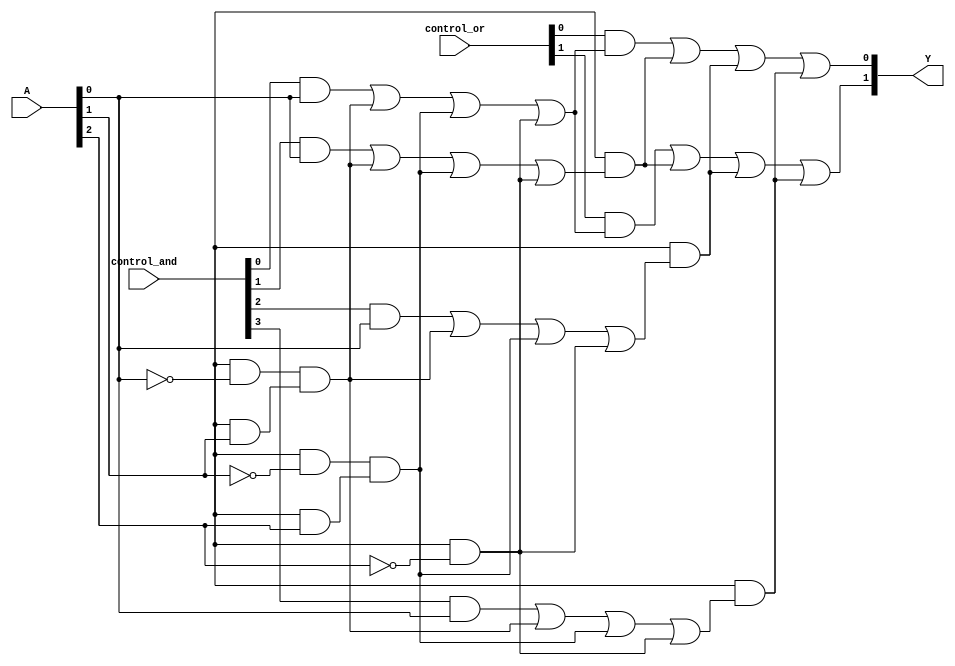
module PLA (
    input wire [N-1:0] A, // Input signals (A, B, C, ..., N)
    input wire [M-1:0] control_and, // Control signals for AND plane
    input wire [P-1:0] control_or, // Control signals for OR plane
    output wire [Q-1:0] Y // Output signals (Y1, Y2, ..., Ym)
);

// Parameters
parameter N = 3; // Number of inputs
parameter M = 4; // Number of AND gates (product terms)
parameter P = 2; // Number of OR gates (outputs)
parameter Q = 2; // Number of outputs

// Internal wires for AND gate outputs
wire [M-1:0] and_out;

// AND Plane
generate
    genvar i, j;
    for (i = 0; i < M; i = i + 1) begin : and_plane
        assign and_out[i] = (control_and[i] & A[0]) | 
                            (control_and[i + M] & ~A[0]) & // Example for 2 inputs
                            (control_and[i + 2*M] & A[1]) | 
                            (control_and[i + 3*M] & ~A[1]) & 
                            (control_and[i + 4*M] & A[2]) | 
                            (control_and[i + 5*M] & ~A[2]);
    end
endgenerate

// OR Plane
generate
    for (j = 0; j < P; j = j + 1) begin : or_plane
        assign Y[j] = (control_or[j] & and_out[0]) | 
                      (control_or[j + P] & and_out[1]) | 
                      (control_or[j + 2*P] & and_out[2]) | 
                      (control_or[j + 3*P] & and_out[3]);
    end
endgenerate

endmodule